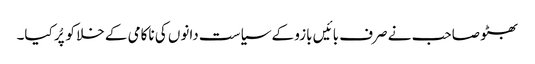
بھٹو صاحب نے صرف بائیں بازو کے سیاست دانوں کی ناکامی کے خلا کو پُر کیا۔